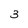
Character: 3